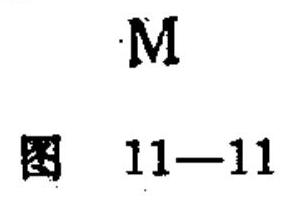
\[
\begin{array}{c}
\text{M}\\
\text{图 }11 - 11
\end{array}
\]